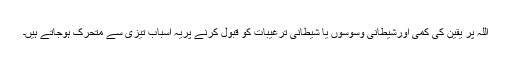
اللہ پر یقین کی کمی اورشیطانی وسوسوں یا شیطانی ترغیبات کو قبول کرنے پریہ اسباب تیزی سے متحرک ہوجاتے ہیں۔